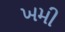
ખમી